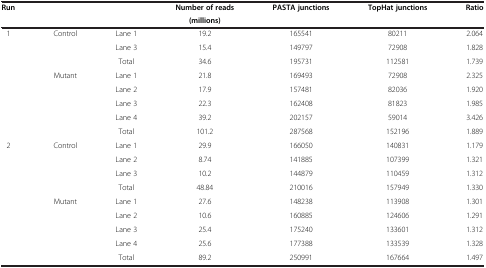
<table><thead><tr><td><b>Run</b></td><td><b> </b></td><td><b> </b></td><td><b>Number of reads</b></td><td><b>PASTA junctions</b></td><td><b>TopHat junctions</b></td><td><b>Ratio</b></td></tr><tr><td><b> </b></td><td><b> </b></td><td><b> </b></td><td><b>(millions)</b></td><td><b> </b></td><td><b> </b></td><td><b> </b></td></tr></thead><tbody><tr><td>1</td><td>Control</td><td>Lane 1</td><td>19.2</td><td>165541</td><td>80211</td><td>2.064</td></tr><tr><td> </td><td> </td><td>Lane 3</td><td>15.4</td><td>149797</td><td>72908</td><td>1.828</td></tr><tr><td> </td><td> </td><td>Total</td><td>34.6</td><td>195731</td><td>112581</td><td>1.739</td></tr><tr><td> </td><td>Mutant</td><td>Lane 1</td><td>21.8</td><td>169493</td><td>72908</td><td>2.325</td></tr><tr><td> </td><td> </td><td>Lane 2</td><td>17.9</td><td>157481</td><td>82036</td><td>1.920</td></tr><tr><td> </td><td> </td><td>Lane 3</td><td>22.3</td><td>162408</td><td>81823</td><td>1.985</td></tr><tr><td> </td><td> </td><td>Lane 4</td><td>39.2</td><td>202157</td><td>59014</td><td>3.426</td></tr><tr><td> </td><td> </td><td>Total</td><td>101.2</td><td>287568</td><td>152196</td><td>1.889</td></tr><tr><td>2</td><td>Control</td><td>Lane 1</td><td>29.9</td><td>166050</td><td>140831</td><td>1.179</td></tr><tr><td> </td><td> </td><td>Lane 2</td><td>8.74</td><td>141885</td><td>107399</td><td>1.321</td></tr><tr><td> </td><td> </td><td>Lane 3</td><td>10.2</td><td>144879</td><td>110459</td><td>1.312</td></tr><tr><td> </td><td> </td><td>Total</td><td>48.84</td><td>210016</td><td>157949</td><td>1.330</td></tr><tr><td> </td><td>Mutant</td><td>Lane 1</td><td>27.6</td><td>148238</td><td>113908</td><td>1.301</td></tr><tr><td> </td><td> </td><td>Lane 2</td><td>10.6</td><td>160885</td><td>124606</td><td>1.291</td></tr><tr><td> </td><td> </td><td>Lane 3</td><td>25.4</td><td>175240</td><td>133601</td><td>1.312</td></tr><tr><td> </td><td> </td><td>Lane 4</td><td>25.6</td><td>177388</td><td>133539</td><td>1.328</td></tr><tr><td> </td><td> </td><td>Total</td><td>89.2</td><td>250991</td><td>167664</td><td>1.497</td></tr></tbody></table>